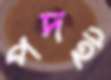
পদই